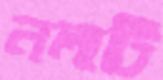
নলাটি